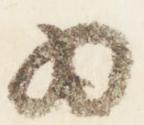
為